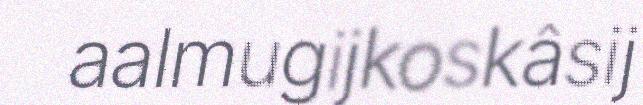
aalmugijkoskâsij